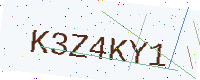
Text: K3Z4KY1